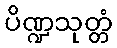
ပိဏ္ဍသုတ္တံ